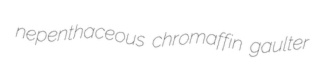
nepenthaceous chromaffin gaulter